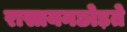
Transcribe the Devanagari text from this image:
रासायनछोड़ते